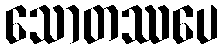
သောတဿပေ